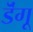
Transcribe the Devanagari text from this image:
डॆंगू